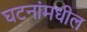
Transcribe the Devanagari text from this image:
घटनांमधील